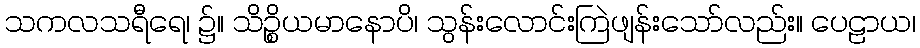
သကလသရီရေ၊ ၌။ သိဉ္စိယမာနောပိ၊ သွန်းလောင်းကြဲဖျန်းသော်လည်း။ ပေဠာယ၊